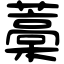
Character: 藁